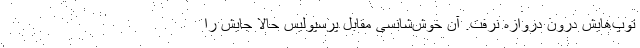
توپ‌هایش درون دروازه نرفت. آن خوش‌شانسی مقابل پرسپولیس حالا جایش را